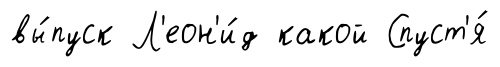
вы́пуск Л'еон'и́д какой Спуст'я́